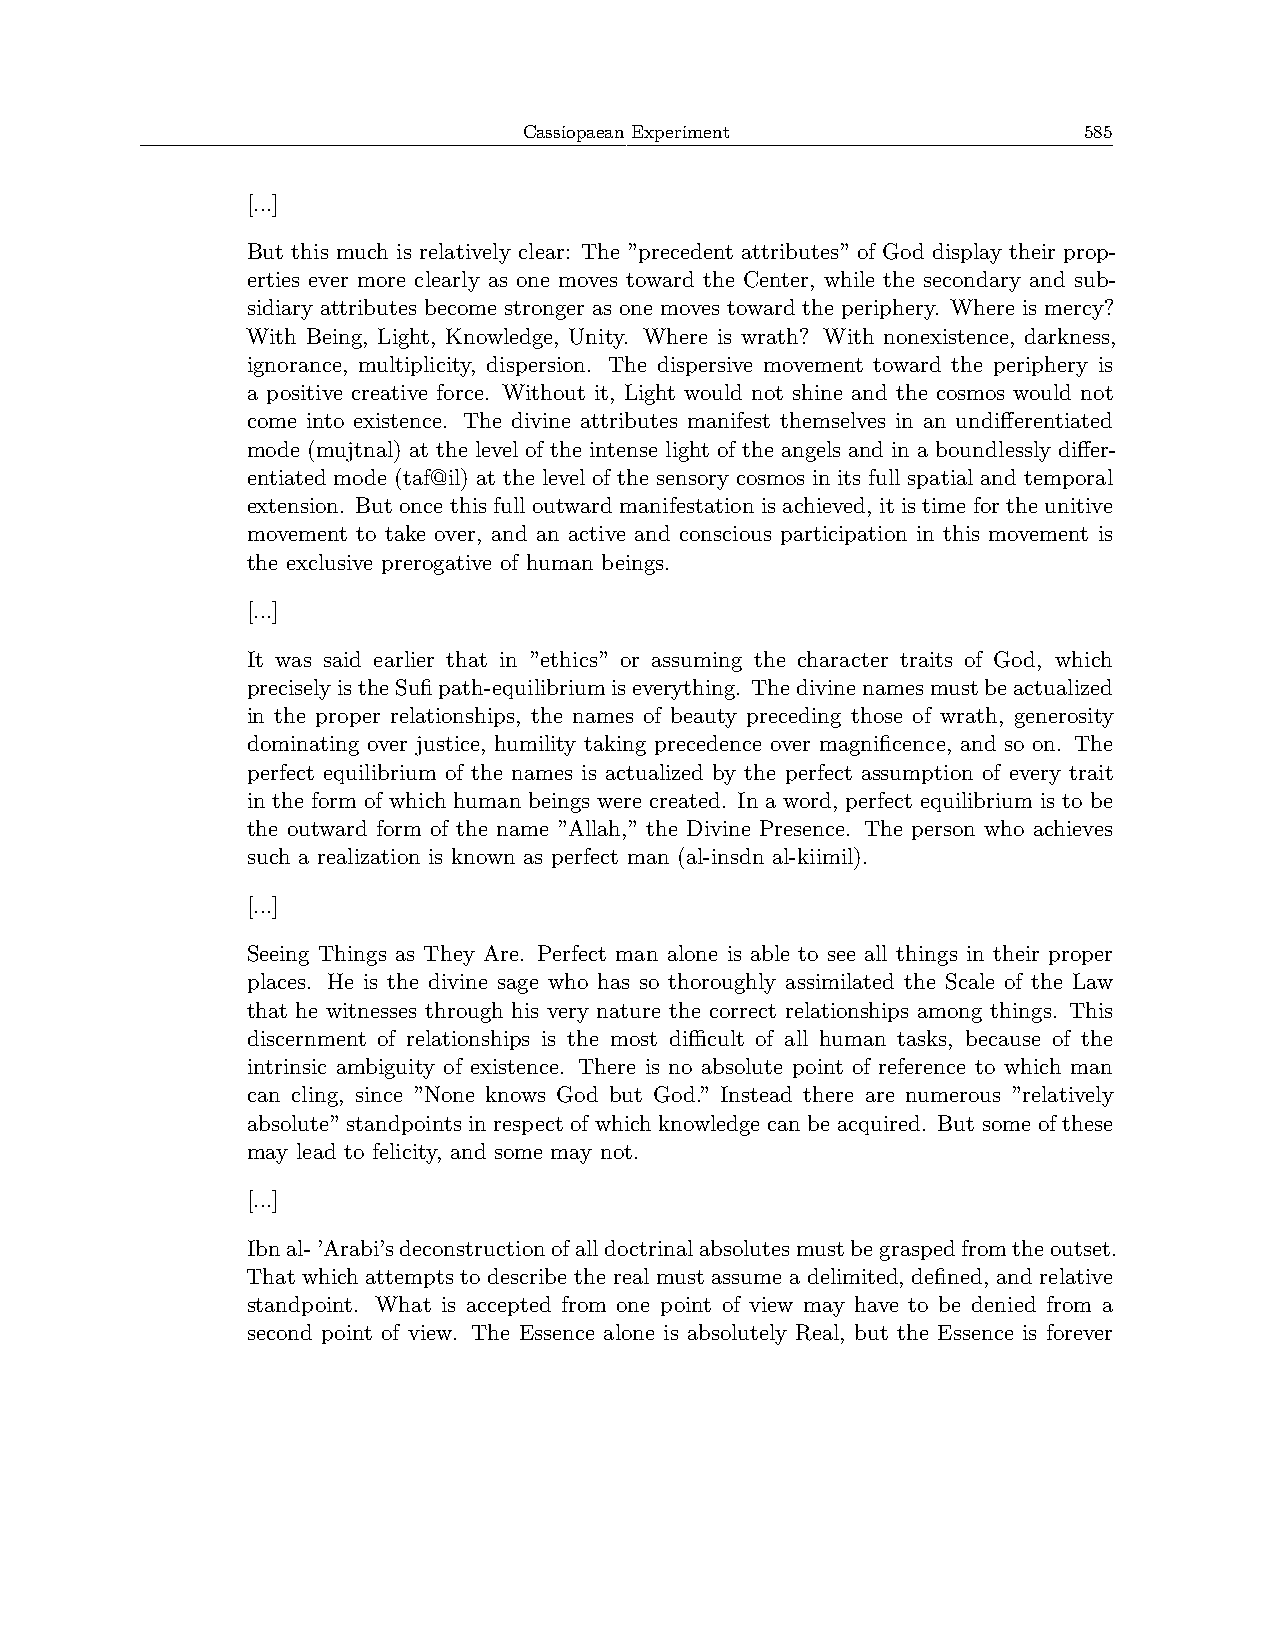
Cassiopaean Experiment               585
 [...]
 But this much is relatively clear: The ”precedent attributes” of God display their prop-
 erties ever more clearly as one moves toward the Center, while the secondary and sub-
 sidiary attributes become stronger as one moves toward the periphery. Where is mercy?
 With Being, Light, Knowledge, Unity. Where is wrath? With nonexistence, darkness,
 ignorance, multiplicity, dispersion. The dispersive movement toward the periphery is
 a positive creative force. Without it, Light would not shine and the cosmos would not
 come into existence. The divine attributes manifest themselves in an undifferentiated
 mode (mujtnal) at the level of the intense light of the angels and in a boundlessly differ-
 entiated mode (taf@il) at the level of the sensory cosmos in its full spatial and temporal
 extension. But once this full outward manifestation is achieved, it is time for the unitive
 movement to take over, and an active and conscious participation in this movement is
 the exclusive prerogative of human beings.
 [...]
 It was said earlier that in ”ethics” or assuming the character traits of God, which
 preciselyistheSufipath-equilibriumiseverything. Thedivinenamesmustbeactualized
 in the proper relationships, the names of beauty preceding those of wrath, generosity
 dominating over justice, humility taking precedence over magnificence, and so on. The
 perfect equilibrium of the names is actualized by the perfect assumption of every trait
 in the form of which human beings were created. In a word, perfect equilibrium is to be
 the outward form of the name ”Allah,” the Divine Presence. The person who achieves
 such a realization is known as perfect man (al-insdn al-kiimil).
 [...]
 Seeing Things as They Are. Perfect man alone is able to see all things in their proper
 places. He is the divine sage who has so thoroughly assimilated the Scale of the Law
 that he witnesses through his very nature the correct relationships among things. This
 discernment of relationships is the most diﬀicult of all human tasks, because of the
 intrinsic ambiguity of existence. There is no absolute point of reference to which man
 can cling, since ”None knows God but God.” Instead there are numerous ”relatively
 absolute” standpoints in respect of which knowledge can be acquired. But some of these
 may lead to felicity, and some may not.
 [...]
 Ibnal-’Arabi’sdeconstructionofalldoctrinalabsolutesmustbegraspedfromtheoutset.
 That which attempts to describe the real must assume a delimited, defined, and relative
 standpoint. What is accepted from one point of view may have to be denied from a
 second point of view. The Essence alone is absolutely Real, but the Essence is forever